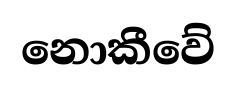
නොකීවේ